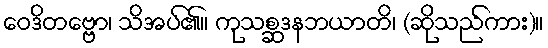
ဝေဒိတဗ္ဗော၊ သိအပ်၏။ ကုသစ္ဆဒနဘယာတိ၊ (ဆိုသည်ကား)။